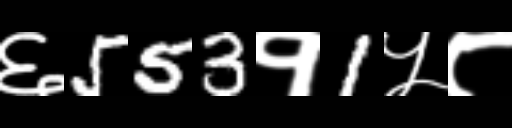
Text: ६553१1५८